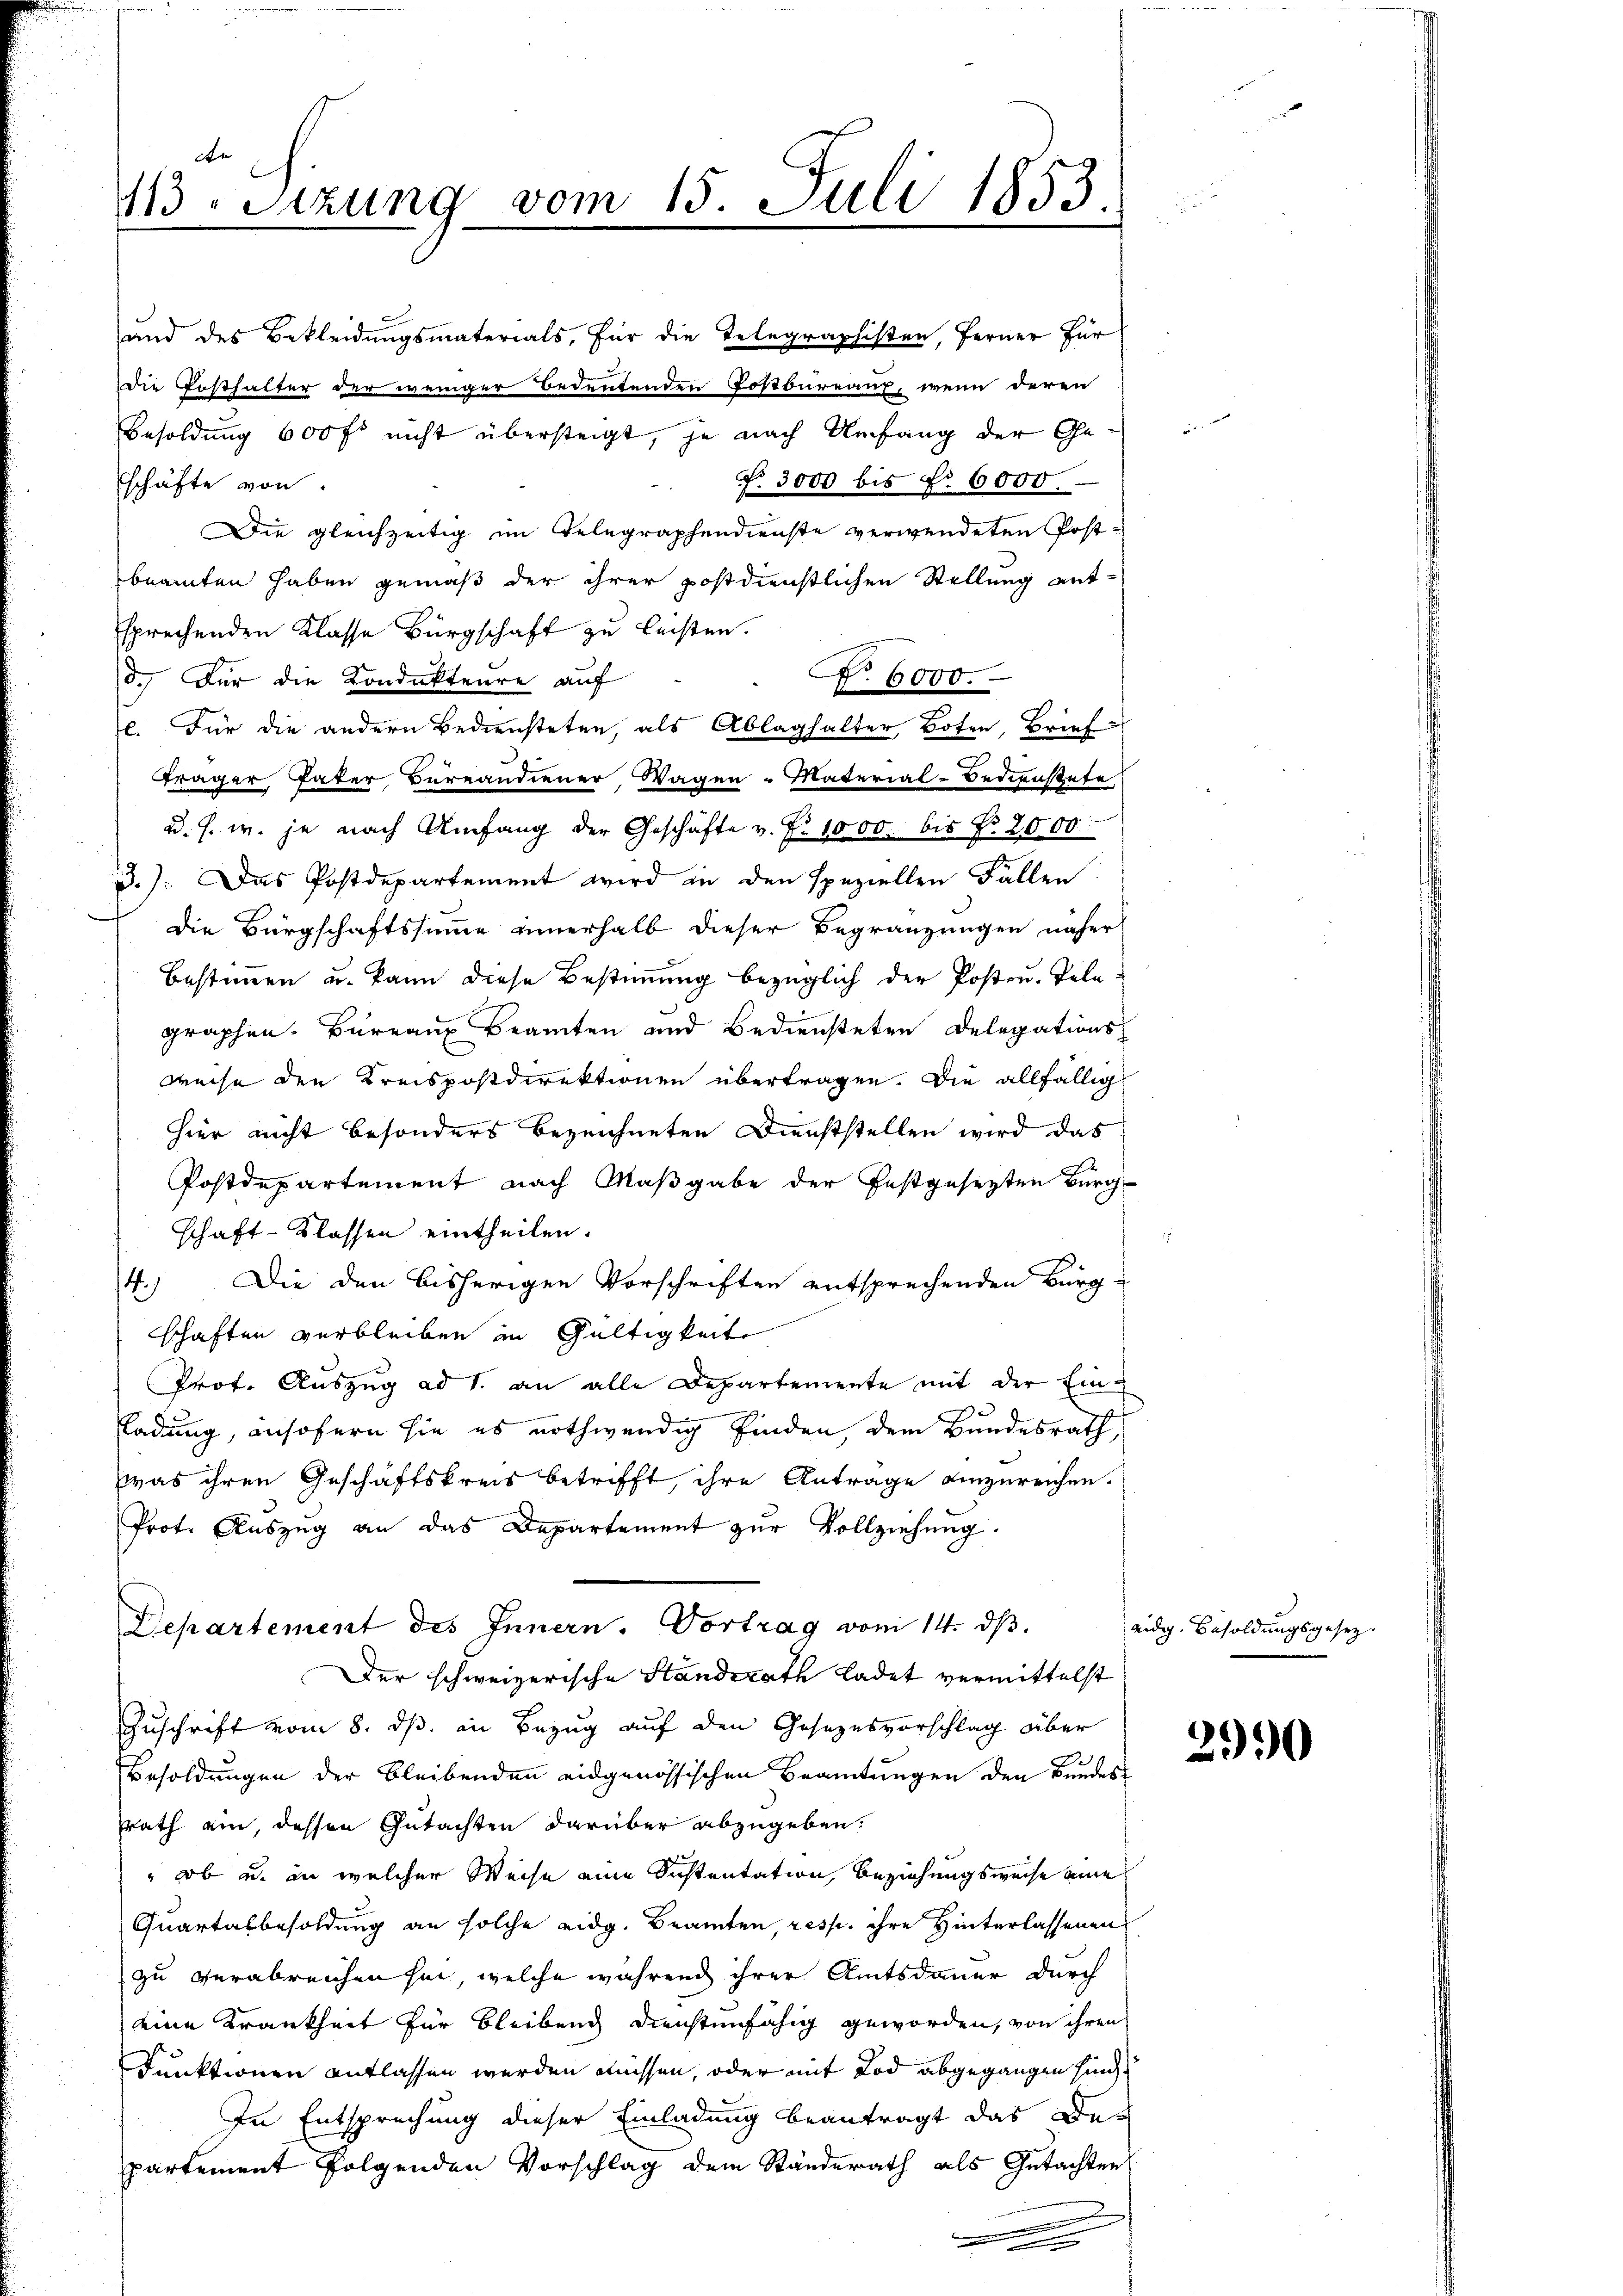
.
1113. Sitzung vom 15. Juli 1853.

und des Bekleidungsmaterials, für die Telegraphisten, ferner für
die Posthalter der weniger Bedeutenden Postbureaux, wenn deren
Besoldung 600 fl nicht übersteigt, je nach Umfang der Ge¬
No. 3000 bis No 6000.
tschäfte von
Die gleichzeitig im Telegraphendienste verwendeten Postbeamten haben gemäß der ihrer postdienstlichen Stellung antsprechenden Klasse Bürgschaft zu leisten.
8. Für die Kondukteure auf
No 6000.
l. Für die andern Bediensteten, als Ablaghalter Boten, Brief
träger Pater Bureandiener Wagen Vaterial-Bedienstete
u. s. w. je nach Umfang der Geschäfte v. P. 1000. bis No. 2000
J.). Das Postdepartement wird in den speziellen Fällen
Die Bürgschaftssumme innerhalb dieser Begränzungen näher
Bestimmen u. kann diese Bestimmung bezüglich der Posten. Telegraphen-Bureaux Beamten und bediensteten Delegations¬
Weise den Kreispostdirektionen übertragen. Die allfällig
hier nicht besonders bezeichneten Dienststellen wird das
Postdepartement nach Maßgabe der festgesezten Bürg
schaft-Klassen eintheilen.
4.) Die den bisherigen Vorschriften entsprechenden Bürg-
schaften verbleiben in Gültigkeit
Prof. Auszug ad 1. an alle Departemente mit der Einladung, ansofern sie es nothwendig finden, dem Bundesrath
was ihren Geschäftskreis betrifft, ihre Antrage einzureichen.
Prot. Auszug an das Departement zur Vollziehung.
Departement des Innern. Vortrag vom 14. dβ.
Der schweizerische Ständerath ladet vermittelst
Zuschrift vom 8. dß. in Bezug auf den Gesetzesvorschlag über
Besoldungen der bleibenden eidgenössischen Beamtungen den Bundessrath ein, dessen Gutachten darüber abzugeben.
" ob u. in welcher Weise eine Sistentation, Beziehungsweise eine
Quartalbesoldung an solche eidg. Beamten resp. ihre Hinterlassenen
zu verabreichen sei, welche während ihrer Amtsdauer durch
eine Krankheit für Bleibung dienstenfähig geworden, von ihren
Funktionen entlassen werden müssen, oder mit Tod abgegangen sind,
In Entsprechung dieser Einladung beantragt das De-
partement folgenden Vorschlag dem Standerath als Gutachter
.

eidg. Besoldungsgesez

2550